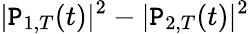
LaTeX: |\mathtt{P}_{1,T}(t)|^{2}-|\mathtt{P}_{2,T}(t)|^{2}